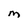
Character: M